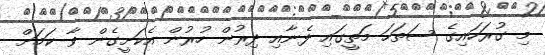
މި ގުރަހައިގެ ސަތަހަ މަތީގައި ފެނާއި ދިރުން ހުރުން އެކަށީގެން ވާ ކަމަށް